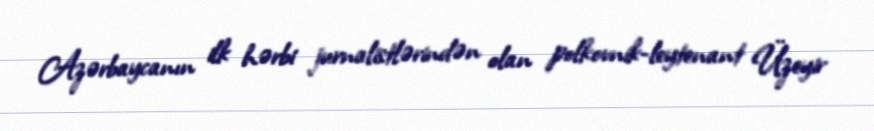
Azərbaycanın ilk hərbi jurnalistlərindən olan polkovnik-leytenant Üzeyir